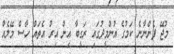
މުޖޭ ފެންނާނެ ކަމުގެ އުންމީދުގައި ރަގީބާ އިން އިރު އެތައް ހާސް މޭލެއް